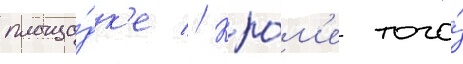
площа́дк'е // Кро́м'е того́